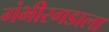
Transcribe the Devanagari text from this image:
गंभीरगडाला